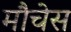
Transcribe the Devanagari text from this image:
मौचेस